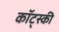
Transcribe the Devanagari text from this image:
कॉट्स्की